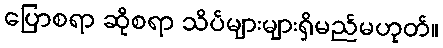
ပြောစရာ ဆိုစရာ သိပ်များများရှိမည်မဟုတ်။